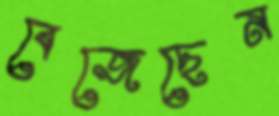
বেজেছেন